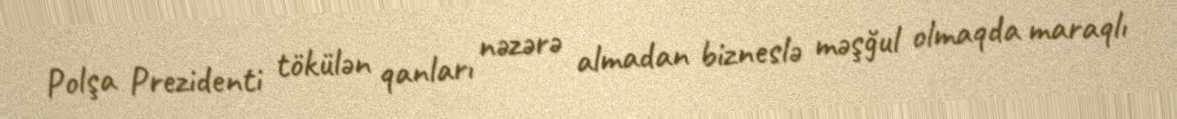
Polşa Prezidenti tökülən qanları nəzərə almadan bizneslə məşğul olmaqda maraqlı